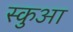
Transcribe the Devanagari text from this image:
स्कुआ